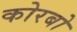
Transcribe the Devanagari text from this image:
कोरबो